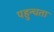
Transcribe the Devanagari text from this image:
पहुन्चता